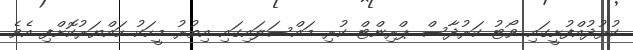
ކުޅުދުއްފުށީގައި ވޯޓު ކަރުދާސް ޕްރިންޓް ކުރި މައްސަލައިގައި އިތުރު މީހަކު ހައްޔަރުކޮށްފި އެވެ.